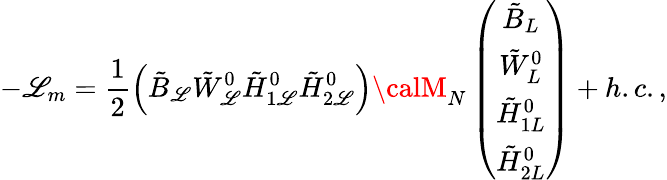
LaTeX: -{\cal\mathscr{L}}_{m}=\frac{{1}}{{2}}\left(\tilde{{B}}_{\mathscr{L}}\tilde{{W}}_{\mathscr{L}}^{0}\tilde{{H}}_{1\mathscr{L}}^{0}\tilde{{H}}_{2\mathscr{L}}^{0}\right){\calM}_{N}\left(\begin{array}{c}{{\tilde{B}_{L}}}\\ {{\tilde{W}_{L}^{0}}}\\ {{\tilde{H}_{1L}^{0}}}\\ {{\tilde{H}_{2L}^{0}}}\end{array}\right)+h.c.,